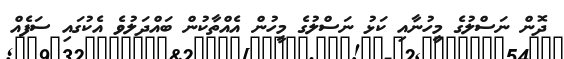
ދޮން ނަސްލުގެ މީހުނާއި ކަޅު ނަސްލުގެ މީހުން އެއްތާކުން ބައްދަލުވެ އެކުގައި ސަފެއް